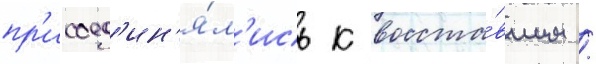
пр'исоед'ин'я́л'ись к восста́вшим /